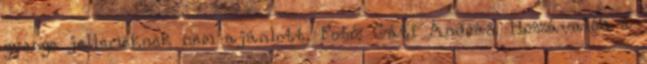
gyenge jellemeknek nem ajánlott. Fotó: Gáti András. Hozzávalók a